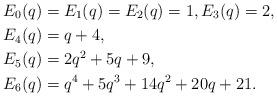
LaTeX: \begin{align*}E_0(q)&= E_1(q)=E_2(q)=1, E_3(q)=2, \\E_4(q) &= q + 4, \\E_5(q) &= 2q^2 + 5q + 9, \\E_6(q) &= q^4 + 5q^3 + 14q^2 + 20q + 21.\end{align*}